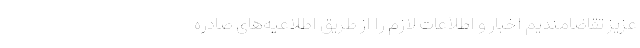
عزیز تقاضامندیم اخبار و اطلاعات لازم را از طریق اطلاعیه‌های صادره